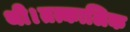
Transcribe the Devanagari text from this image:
थी।तत्कालिक